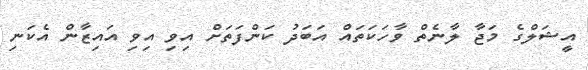
އީޝަލްގެ މަޖާ ލާނެތް ވާހަކަތައް އަބަދު ކަންފަތަށް އިވި އިވި އައިޒާން އެކަނި